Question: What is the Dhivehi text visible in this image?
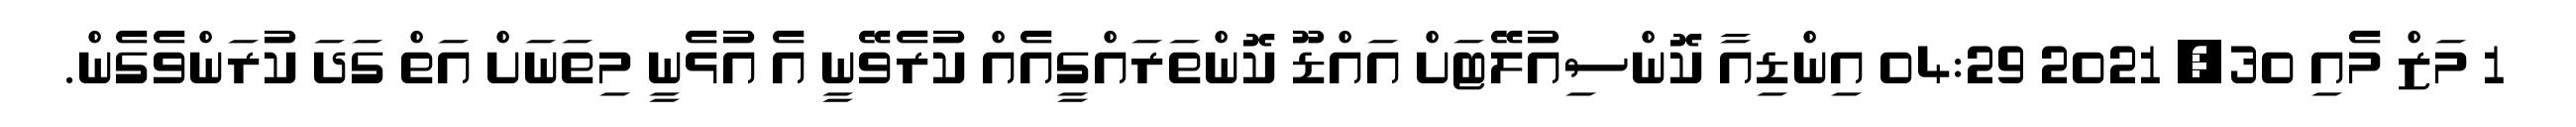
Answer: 1 މަޒް މެއި 30, 2021 04:29 އިންޑިއާ ކޮންސިއުލޭޓަށް އައްޑޫ ކޮންތަރައްގީއެއް ކުރެވޭނީ އެ އުޅެނީ މިތަނަށް އަތް ގަދަ ކުރަންވެގެން.